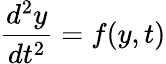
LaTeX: {\frac{d^{2}y}{dt^{2}}}=f(y,t)